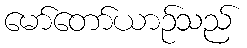
မော်တော်ယာဉ်သည်